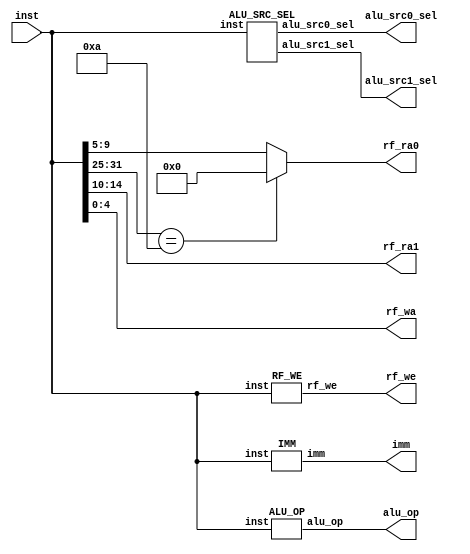

`define NONE                5'B11111
`define ADD                 5'B00000    
`define SUB                 5'B00010   
`define SLT                 5'B00100
`define SLTU                5'B00101
`define AND                 5'B01001
`define OR                  5'B01010
`define XOR                 5'B01011
`define SLL                 5'B01110   
`define SRL                 5'B01111    
`define SRA                 5'B10000  
`define SRC0                5'B10001
`define SRC1                5'B10010


`define ADDW       17'b0000_0000_0001_0000_0
`define ADDIW      17'b0000_0010_10zz_zzzz_z
`define SUBW       17'b0000_0000_0001_0001_0
`define SLT_LAR    17'b0000_0000_0001_0010_0
`define SLTU_LAR   17'b0000_0000_0001_0010_1
`define AND_LAR    17'b0000_0000_0001_0100_1
`define OR_LAR     17'b0000_0000_0001_0101_0
`define XOR_LAR    17'b0000_0000_0001_0101_1
`define SLLW       17'b0000_0000_0001_0111_0
`define SRLW       17'b0000_0000_0001_0111_1
`define SRAW       17'b0000_0000_0001_1000_0
`define SLLIW      17'b0000_0000_0100_00_001
`define SRLIW      17'b0000_0000_0100_01_001
`define SRAIW      17'b0000_0000_0100_10_001
`define SLTI       17'b0000_0010_00zz_zzzz_z
`define SLTUI      17'b0000_0010_01zz_zzzz_z
`define ANDI       17'b0000_0011_01zz_zzzz_z
`define ORI        17'b0000_0011_10zz_zzzz_z
`define XORI       17'b0000_0011_11zz_zzzz_z

`define LU12IW     17'b0001_010z_zzzz_zzzz_z
`define PCADDU12I  17'b0001_110z_zzzz_zzzz_z



`define LDW        17'b0010_1000_10zz_zzzz_z
`define STW        17'b0010_1001_10zz_zzzz_z
`define JIRL       17'b0100_11zz_zzzz_zzzz_z
`define B          17'b0101_00zz_zzzz_zzzz_z
`define BL         17'b0101_01zz_zzzz_zzzz_z
`define BEQ        17'b0101_10zz_zzzz_zzzz_z
`define BNE        17'b0101_11zz_zzzz_zzzz_z
`define BLT        17'b0110_00zz_zzzz_zzzz_z
`define BGE        17'b0110_01zz_zzzz_zzzz_z
`define BLTU       17'b0110_10zz_zzzz_zzzz_z
`define BGEU       17'b0110_11zz_zzzz_zzzz_z


module DECODER (
    input                   [31 : 0]            inst,

    output                  [ 4 : 0]            alu_op,
    output                  [31 : 0]            imm,

    output                  [ 4 : 0]            rf_ra0,
    output                  [ 4 : 0]            rf_ra1,
    output                  [ 4 : 0]            rf_wa,
    output                  [ 0 : 0]            rf_we,

    output                  [ 0 : 0]            alu_src0_sel,
    output                  [ 0 : 0]            alu_src1_sel
);
    ALU_OP my_alu_op(
        .inst(inst),
        .alu_op(alu_op)
    );
    IMM my_imm(
        .inst(inst),
        .imm(imm)
    );
    ALU_SRC_SEL my_alu_src_sel(
        .inst(inst),
        .alu_src0_sel(alu_src0_sel),
        .alu_src1_sel(alu_src1_sel)
    );
    RF_WE my_rf_we(
        .inst(inst),
        .rf_we(rf_we)
    );
    assign rf_ra1 = inst[14:10];
    reg [4:0] rf_ra0_t;
    always @(*) begin
        casez(inst[31:15])
            `LU12IW:rf_ra0_t = 5'b0;
            default:rf_ra0_t = inst[9:5];
        endcase
    end
    assign rf_ra0 = rf_ra0_t;
    assign rf_wa = inst[4:0];
    
endmodule

module ALU_OP(
    input                   [31 : 0]            inst,
    output                  [ 4 : 0]            alu_op
);
//19ALU
    reg [4:0] alu_op_t;
    always @(*) begin
        casez (inst[31:15])
            `ADDW,`ADDIW        :alu_op_t = `ADD;
            `SUBW               :alu_op_t = `SUB;
            `SLT_LAR,`SLTI      :alu_op_t = `SLT;
            `SLTU_LAR,`SLTUI    :alu_op_t = `SLTU;
            `AND_LAR,`ANDI      :alu_op_t = `AND;
            `OR_LAR,`ORI        :alu_op_t = `OR;
            `XOR_LAR,`XORI      :alu_op_t = `XOR;
            `SLLW,`SLLIW        :alu_op_t = `SLL;
            `SRLW,`SRLIW        :alu_op_t = `SRL;
            `SRAW,`SRAIW        :alu_op_t = `SRA;

            `LU12IW,`PCADDU12I  :alu_op_t = `ADD;
            default:    alu_op_t = `NONE;
        endcase
    end
    assign alu_op = alu_op_t;
endmodule
module IMM(
    input                   [31 : 0]            inst,
    output                  [31 : 0]            imm
);
    reg [31:0] imm_t;
    always @(*) begin
        casez (inst[31:15])
            //si12
            `ADDIW,`SLTI,`SLTUI           :imm_t = {{20{inst[21]}},inst[21:10]};
            //ui5
            `SLLIW,`SRLIW,`SRAIW          :imm_t = {{27{1'b0}},inst[14:10]};
            //ui12
            `ANDI,`ORI,`XORI              :imm_t = {{20{1'b0}},inst[21:10]};
            //si200
            `LU12IW,`PCADDU12I            :imm_t = {inst[24:5],{12'b0}};

            default                       :imm_t = 0;
        endcase
    end
    assign imm = imm_t;
endmodule
module ALU_SRC_SEL(
    input                   [31 : 0]            inst,
    output                  [ 0 : 0]            alu_src0_sel,
    output                  [ 0 : 0]            alu_src1_sel
);
//alu_src0_sel,01PC
//alu_src1_sel,01
    reg [0:0] alu_src0_sel_t,alu_src1_sel_t;
    always @(*) begin
        casez(inst[31:15]) 
            `ADDW,`SUBW,`SLT_LAR,`SLTU_LAR,`AND_LAR,`OR_LAR,`XOR_LAR,`SLLW,`SRLW,`SRAW:begin
                alu_src0_sel_t = 1'b0;
                alu_src1_sel_t = 1'b0;
            end

            `SLLIW,`SRLIW,`SRAIW:begin
                alu_src0_sel_t = 1'b0;
                alu_src1_sel_t = 1'b1;
            end
            `SLTI,`SLTUI,`ADDIW:begin
                alu_src0_sel_t = 1'b0;
                alu_src1_sel_t = 1'b1;
            end
            `ANDI,`ORI,`XORI:begin
                alu_src0_sel_t = 1'b0;
                alu_src1_sel_t = 1'b1;
            end

            `LU12IW:begin
                alu_src0_sel_t = 1'b0;
                alu_src1_sel_t = 1'b1;
            end

            `PCADDU12I:begin
                alu_src0_sel_t = 1'b1;
                alu_src1_sel_t = 1'b1;
            end

            default :begin
                alu_src0_sel_t = 1'b1;
                alu_src1_sel_t = 1'b0;
            end
        endcase
    end
    assign alu_src0_sel = alu_src0_sel_t;
    assign alu_src1_sel = alu_src1_sel_t;
endmodule
module RF_WE(
    input                   [31 : 0]            inst,
    output                  [ 0 : 0]            rf_we
);
//
    reg [0:0] rf_we_t;
    always @(*) begin
        casez(inst[31:15])
            `ADDW,`ADDIW,`SUBW,`SLT_LAR,`SLTU_LAR ,`AND_LAR,`OR_LAR,`XOR_LAR,`SLLW,`SRLW,`SRAW,`SLLIW,`SRLIW,`SRAIW,`SLTI,`SLTUI,`ANDI,`ORI,`XORI,`LU12IW,`PCADDU12I:
                rf_we_t = 1'b1;
            default :
                rf_we_t = 1'b0;
        endcase
    end
    assign rf_we = rf_we_t;
endmodule